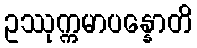
ဥဿုက္ကမာပန္နောတိ